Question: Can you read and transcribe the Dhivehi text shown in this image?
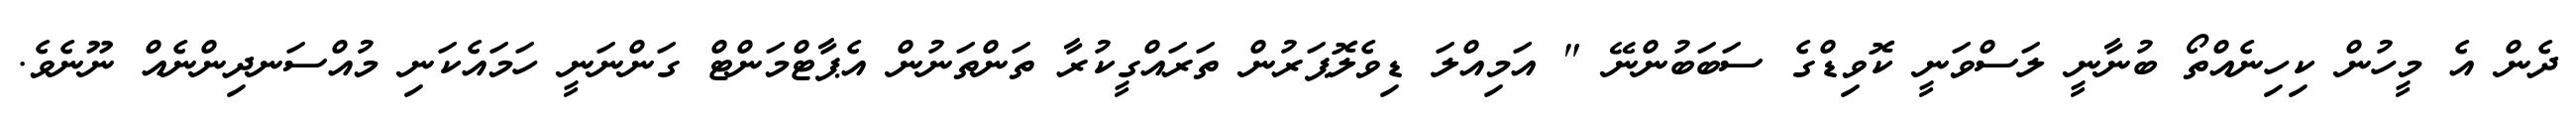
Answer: ދެން އެ މީހުން ކިހިނެއްތޯ ބުނާނީ ލަސްވަނީ ކޮވިޑްގެ ސަބަބުންނޭ " އަމިއްލަ ޑިވެލޮޕަރުން ތަރައްގީކުރާ ތަންތަނުން އެޕާޓްމަންޓް ގަންނަނީ ހަމައެކަނި މުއްސަނދިންނެއް ނޫނެވެ.